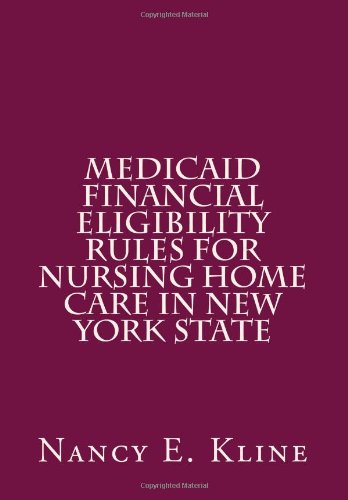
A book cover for Medicaid Financial Eligibility Rules for Nursing Home Care in New York State; Nancy E Kline; Medical Books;